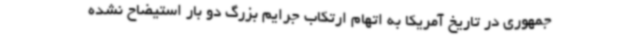
جمهوری در تاریخ آمریکا به اتهام ارتکاب جرایم بزرگ دو بار استیضاح نشده